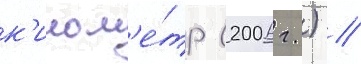
к'илом'е́тр (2006 г.) //